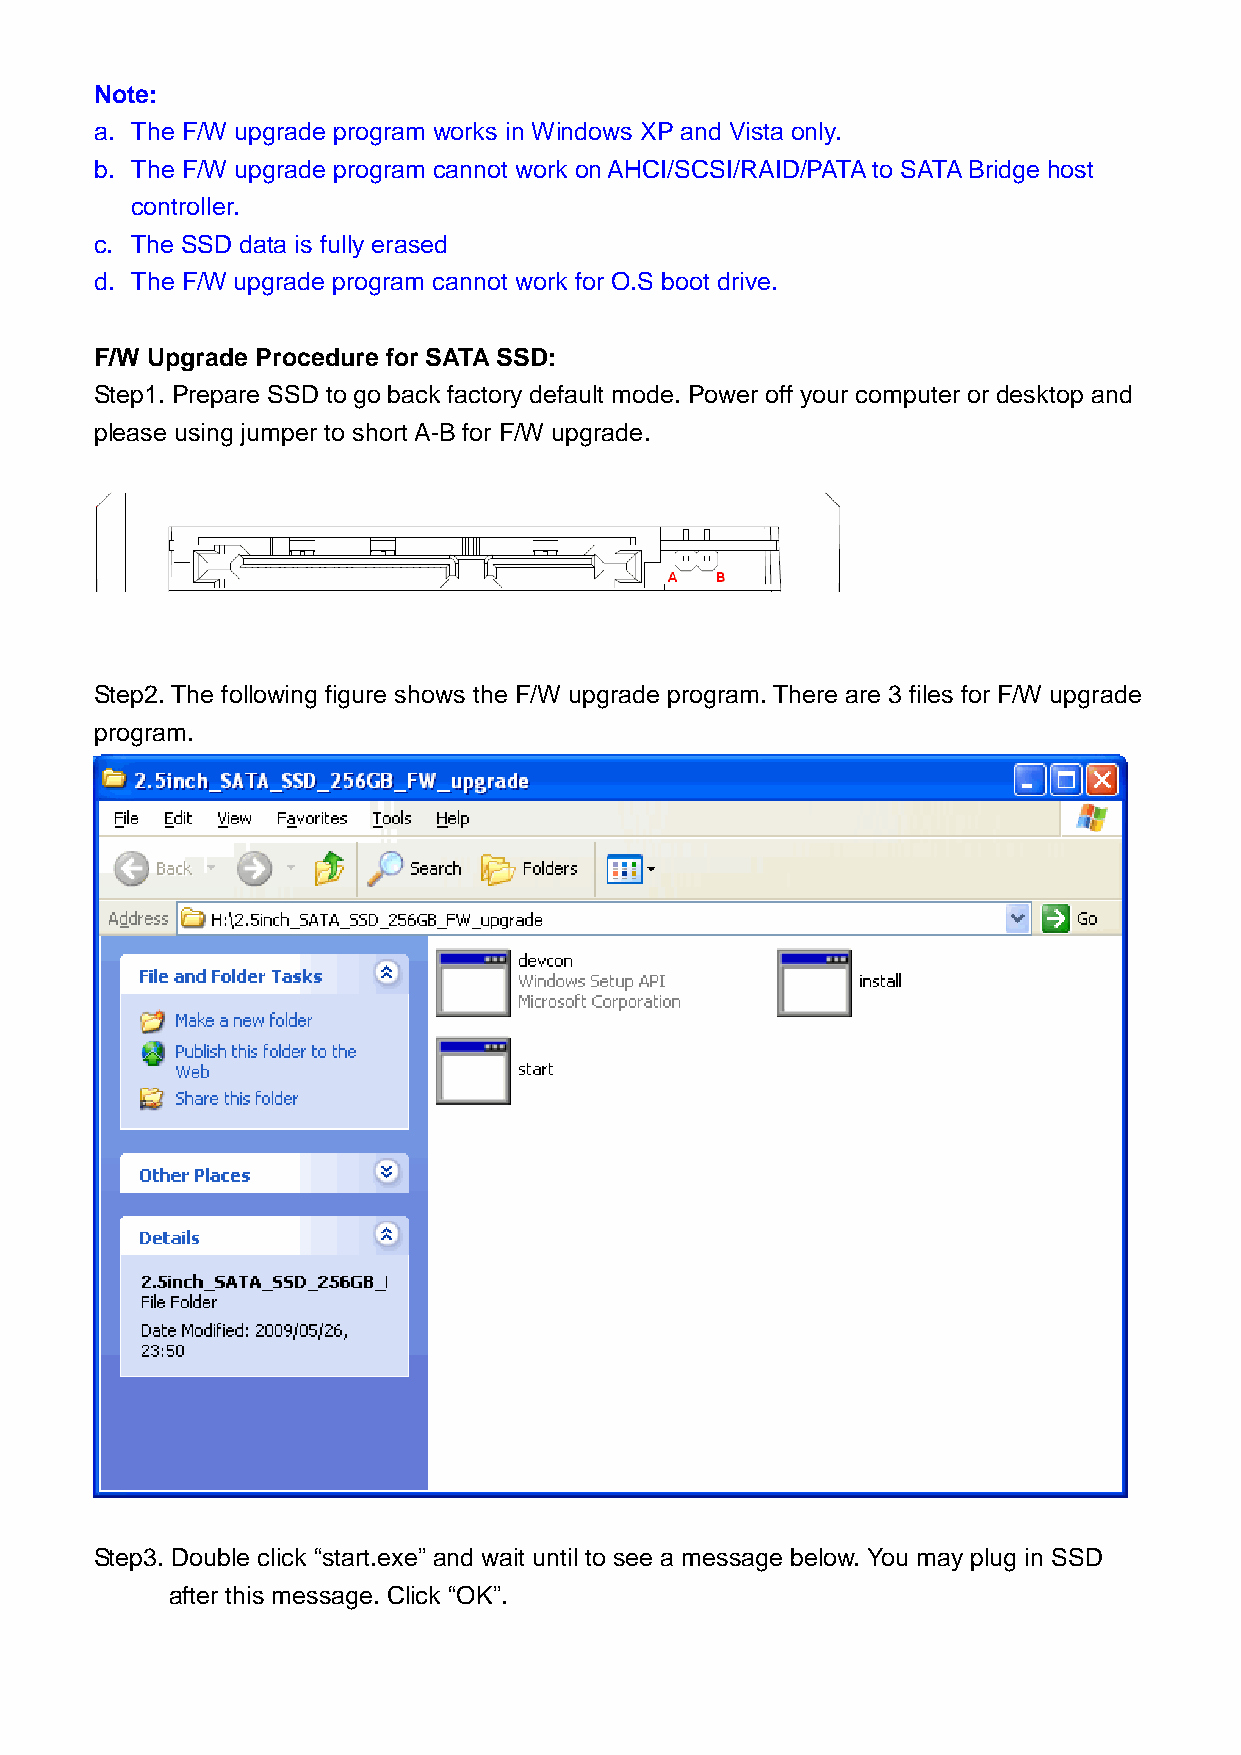
Note:
 a. The F/W upgrade program works in Windows XP and Vista only.
 b. The F/W upgrade program cannot work on AHCI/SCSI/RAID/PATA to SATA Bridge host
 controller.
 c. The SSD data is fully erased
 d. The F/W upgrade program cannot work for O.S boot drive.
 F/W Upgrade Procedure for SATA SSD:
 Step1. Prepare SSD to go back factory default mode. Power off your computer or desktop and
 please using jumper to short A-B for F/W upgrade.
 Step2. The following figure shows the F/W upgrade program. There are 3 files for F/W upgrade
 program.
 Step3. Double click “start.exe” and wait until to see a message below. You may plug in SSD
 after this message. Click “OK”.